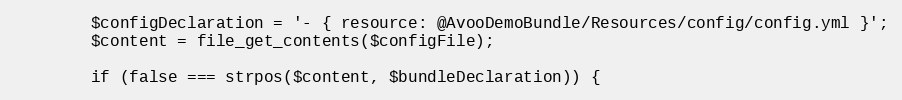
Language: PHP
        $configDeclaration = '- { resource: @AvooDemoBundle/Resources/config/config.yml }';
        $content = file_get_contents($configFile);

        if (false === strpos($content, $bundleDeclaration)) {